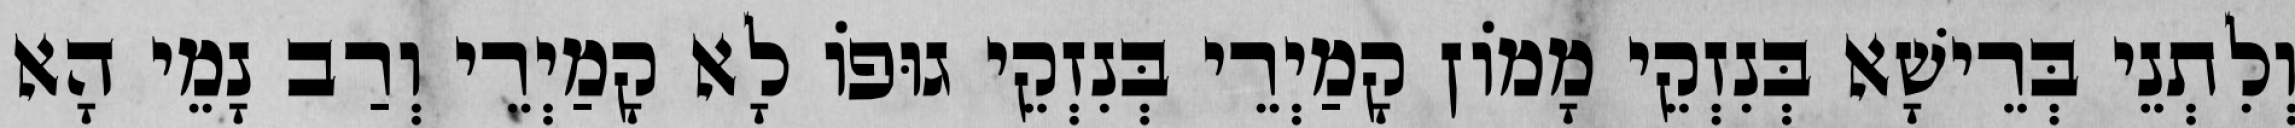
וְלִתְנֵי בְּרֵישָׁא בְּנִזְקֵי מָמוֹן קָמַיְרֵי בְּנִזְקֵי גוּפוֹ לָא קָמַיְרֵי וְרַב נָמֵי הָא